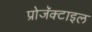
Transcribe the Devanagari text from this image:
प्रोजॅक्टाइल